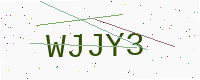
Text: WJJY3